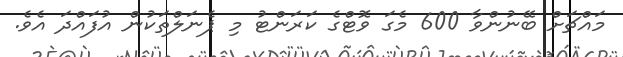
މައްޗަށް ބޭނުންވާ 600 މެގަ ވޮޓްގެ ކަރަންޓު މި ޕެނަލްތަކުން އުފައްދަ އެވެ.